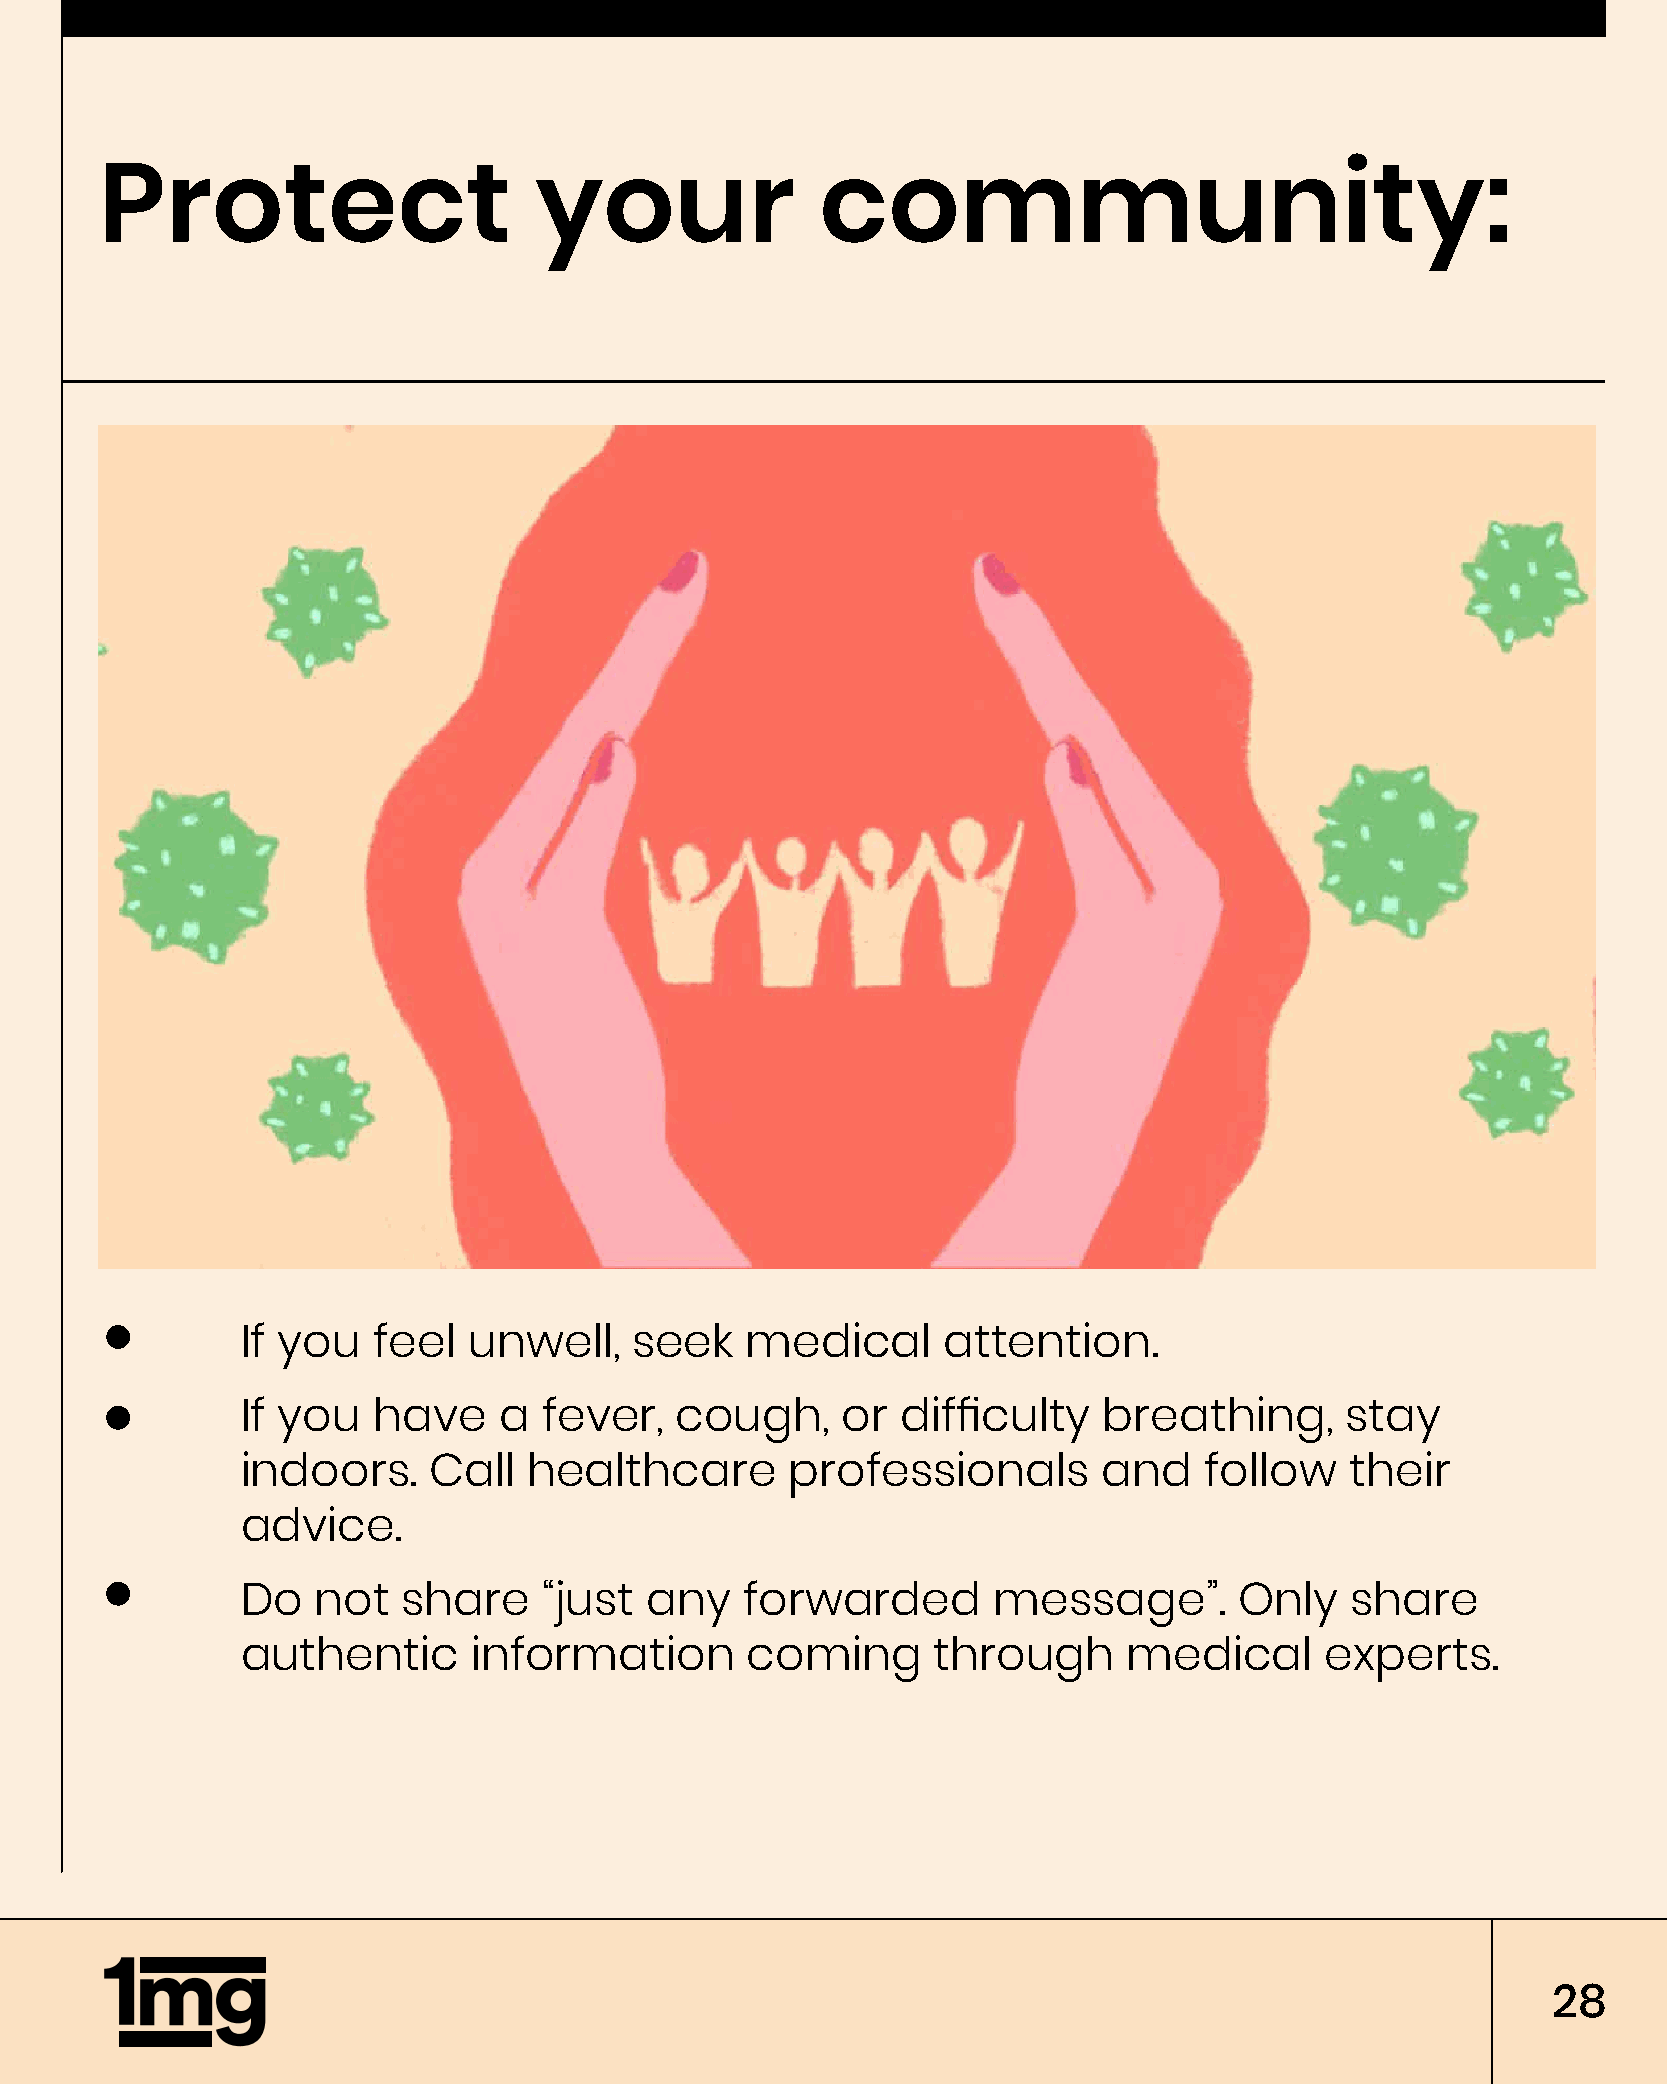
Protect                     your               community:
 If you   feel  unwell,    seek   medical      attention.
 If you   have    a  fever,   cough,     or  difficulty   breathing,      stay
 indoors.    Call   healthcare       professionals        and    follow   their
 advice.
 Do   not   share    “just  any   forwarded        message”.       Only   share
 authentic      information       coming       through      medical      experts.
 28